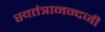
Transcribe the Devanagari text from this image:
स्वतंत्रानन्दजी